Vaccination in the Punjab 1905-1918 - 1905-1918
Year: 1905
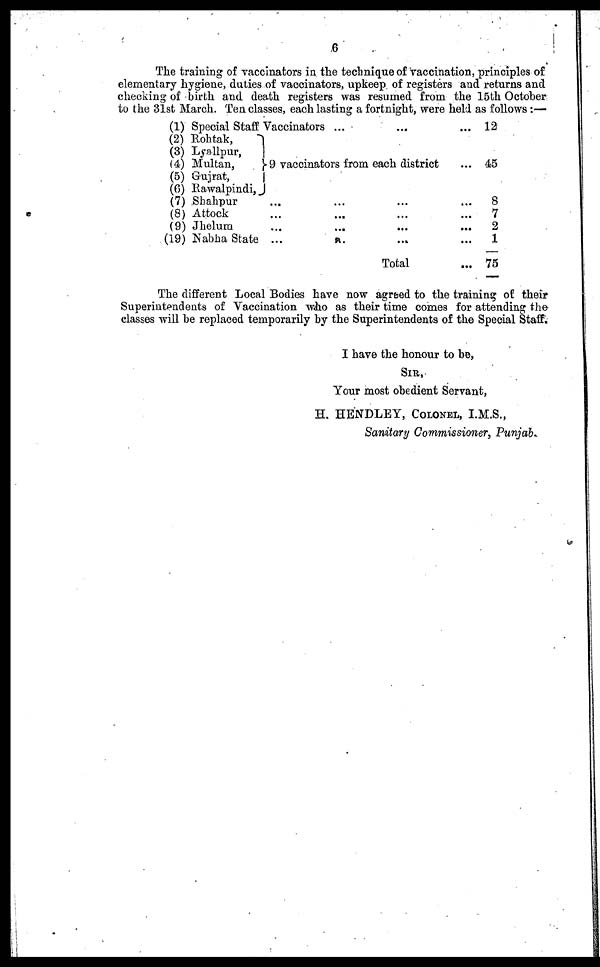
6
The training of vaccinators in the technique of vaccination, principles of
elementary hygiene, duties of vaccinators, upkeep of registers and returns and
checking of birth and death registers was resumed from the 15th October
to the 31st March. Ten classes, each lasting a fortnight, were held as follows:—
(1)
(2)
(3)
(4)
(5)
(6)
(7)
(8)
(9)
(19)
Special Staff Vaccinators ... ... ...
Rohtak,
Lyallpur,
Multan,
Gujrat,
Rawalpindi,
9 vaccinators from each district ...
Shahpur ... ... ... ...
Attock ... ... ... ...
Jhelum ... ... ... ...
Nabha State ... ... ... ...
Total ...
12
45
8
7
2
1
75
The different Local Bodies have now agreed to the training of their
Superintendents of Vaccination who as their time comes for attending the
classes will be replaced temporarily by the Superintendents of the Special Staff.
I have the honour to be,
SIR,
Your most obedient Servant,
H. HENDLEY, COLONEL, I.M.S.,
Sanitary Commissioner, Punjab.